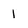
Character: 1